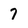
Character: 7